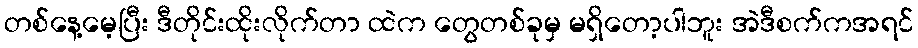
တစ်နေ့မေ့ပြီး ဒီတိုင်းထိုးလိုက်တာ ထဲက တွေတစ်ခုမှ မရှိတော့ပါဘူး အဲဒီစက်ကအရင်